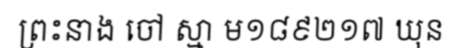
ព្រះនាង ចៅ ស្មា ម១៨៩២១៧ ឃុន